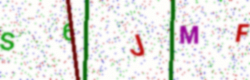
Text: S6JMF